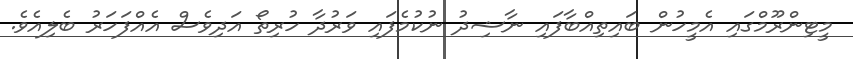
މީޓިންރޫމްގައި އެމީހުން ބައިތިއްބާފައި ނާޝިދު ނުކުމެފައި ވަރުދާ ހުރިތޯ އަދިވެސް އެއްފަހަރު ބެލިއެވެ.